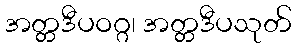
အတ္တဒီပဝဂ္ဂ၊ အတ္တဒီပသုတ်